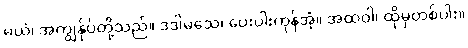
မယံ၊ အကျွန်ုပ်တို့သည်။ ဒဒါမသေ၊ ပေးပါးကုန်အံ့။ အထဝါ၊ ထိုမှတစ်ပါး။